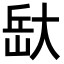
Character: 𭖯